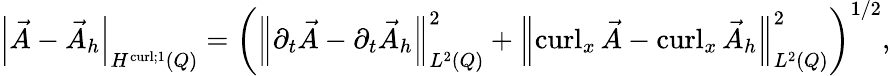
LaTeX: \left\lvert{\vec{A}-\vec{A}_{h}}\right\rvert_{H^{\operatorname{curl};1}(Q)}=\left({\left\lVert{\partial_{t}\vec{A}-\partial_{t}\vec{A}_{h}}\right\rVert}_{L^{2}(Q)}^{2}+{\left\lVert{\operatorname{curl}_{x}\vec{A}-\operatorname{curl}_{x}\vec{A}_{h}}\right\rVert}_{L^{2}(Q)}^{2}\right)^{1/2},